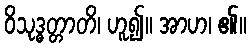
ဝိသုဒ္ဓတ္တာတိ၊ ဟူ၍။ အာဟ၊ ၏။